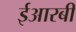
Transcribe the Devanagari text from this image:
ईआरबी